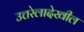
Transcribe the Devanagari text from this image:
उत्तरेलादेखील